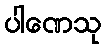
ပါဏေသု